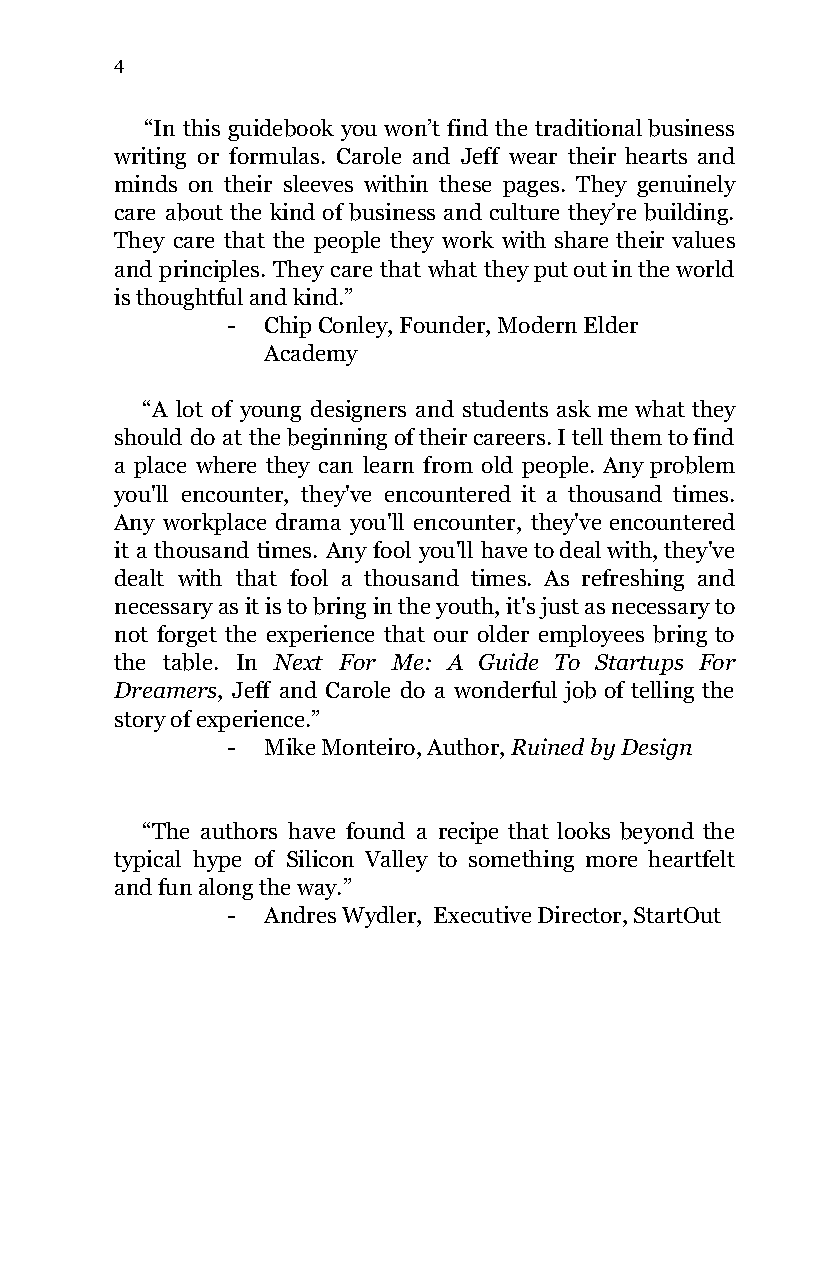
4
 “In this guidebook you won’t find the traditional business
 writing or formulas. Carole and Jeff wear their hearts and
 minds on their sleeves within these pages. They genuinely
 care about the kind of business and culture they’re building.
 They care that the people they work with share their values
 and principles. They care that what they put out in the world
 is thoughtful and kind.”
 - Chip Conley, Founder, Modern Elder
 Academy
 “A lot of young designers and students ask me what they
 should do at the beginning of their careers. I tell them to find
 a place where they can learn from old people. Any problem
 you'll encounter, they've encountered it a thousand times.
 Any workplace drama you'll encounter, they've encountered
 it a thousand times. Any fool you'll have to deal with, they've
 dealt with that fool a thousand times. As refreshing and
 necessary as it is to bring in the youth, it's just as necessary to
 not forget the experience that our older employees bring to
 the table. In Next For Me: A Guide To Startups For
 ​
 Dreamers, Jeff and Carole do a wonderful job of telling the
 ​
 story of experience.”
 - Mike Monteiro, Author, Ruined by Design
 ​
 “The authors have found a recipe that looks beyond the
 typical hype of Silicon Valley to something more heartfelt
 and fun along the way.”
 - Andres Wydler, Executive Director, StartOut